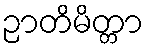
ဉာတိမိတ္တာ